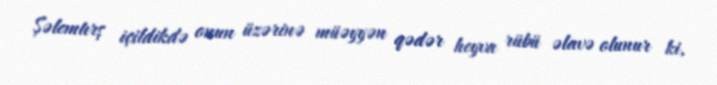
Şəlemtırş içildikdə onun üzərinə müəyyən qədər heyva rübü əlavə olunur ki,